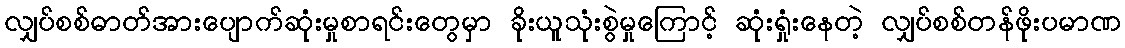
လျှပ်စစ်ဓာတ်အားပျောက်ဆုံးမှုစာရင်းတွေမှာ ခိုးယူသုံးစွဲမှုကြောင့် ဆုံးရှုံးနေတဲ့ လျှပ်စစ်တန်ဖိုးပမာဏ